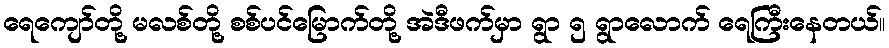
ရေကျော်တို့ မလစ်တို့ စစ်ပင်မြောက်တို့ အဲဒီဖက်မှာ ရွာ ၅ ရွာလောက် ရေကြီးနေတယ်။